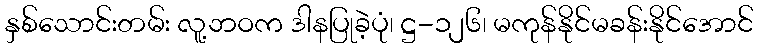
နှစ်သောင်းတမ်း လူ့ဘဝက ဒါနပြုခဲ့ပုံ၊ ဋ္ဌ-၁၂၆၊ မကုန်နိုင်မခန်းနိုင်အောင်